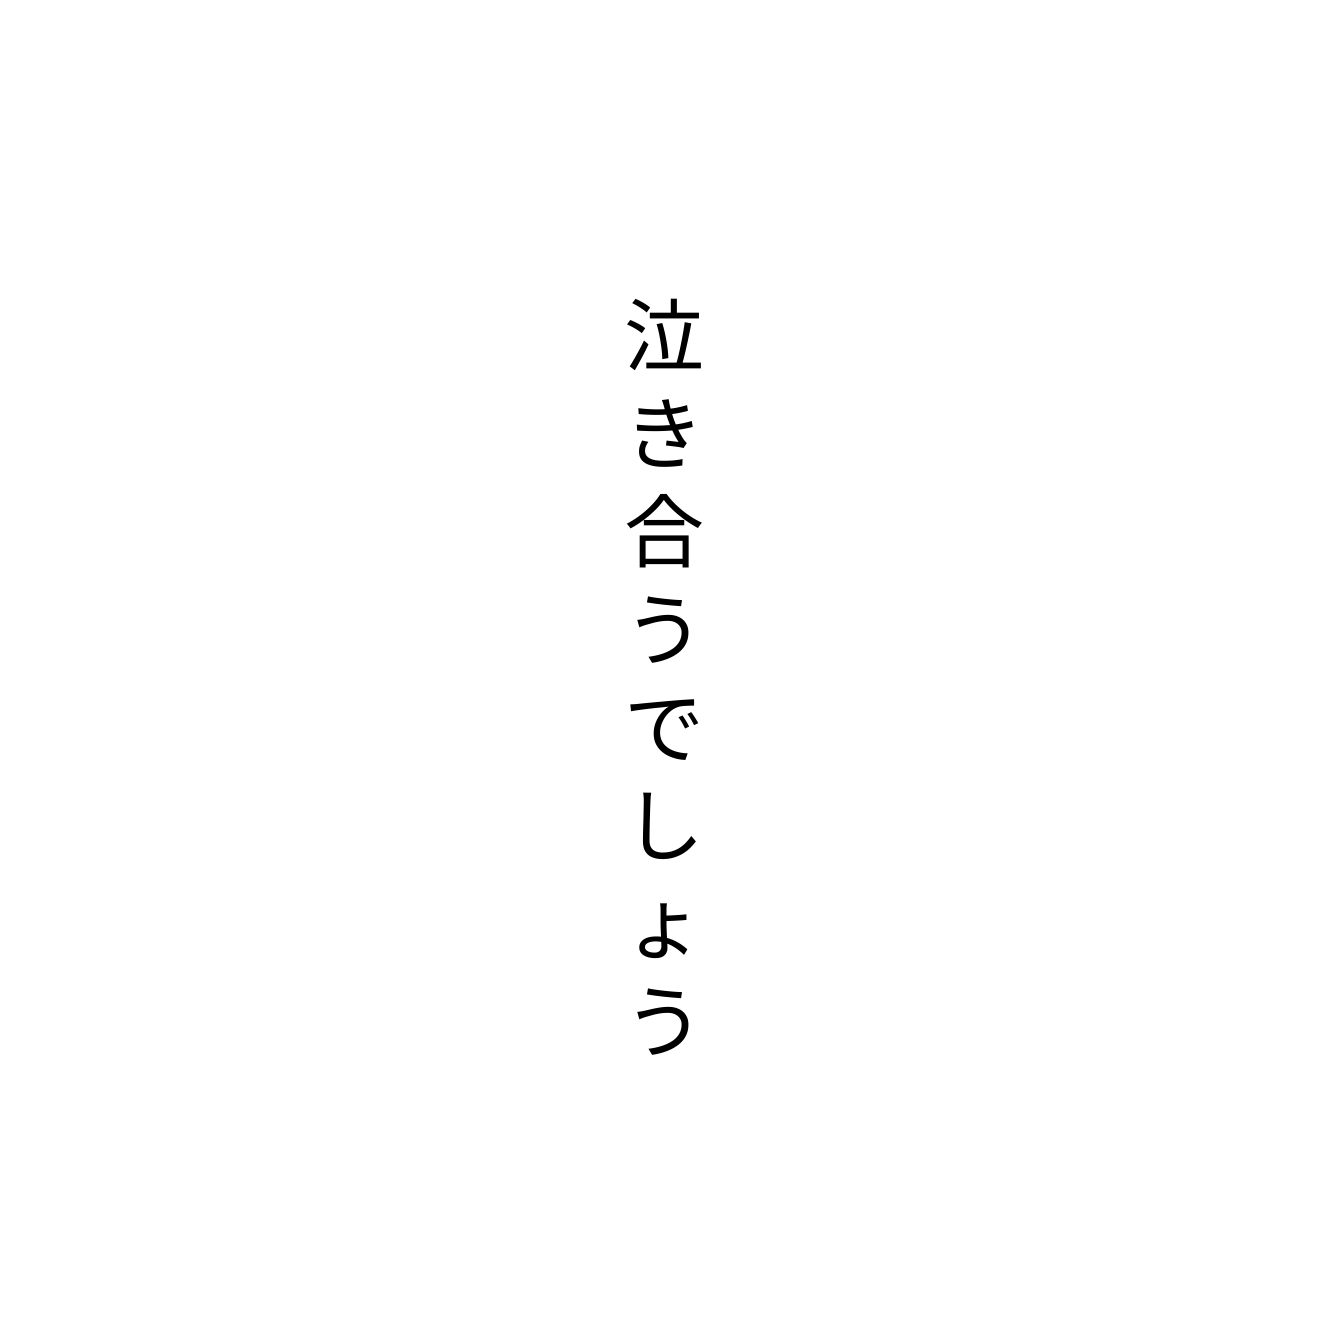
泣き合うでしょう